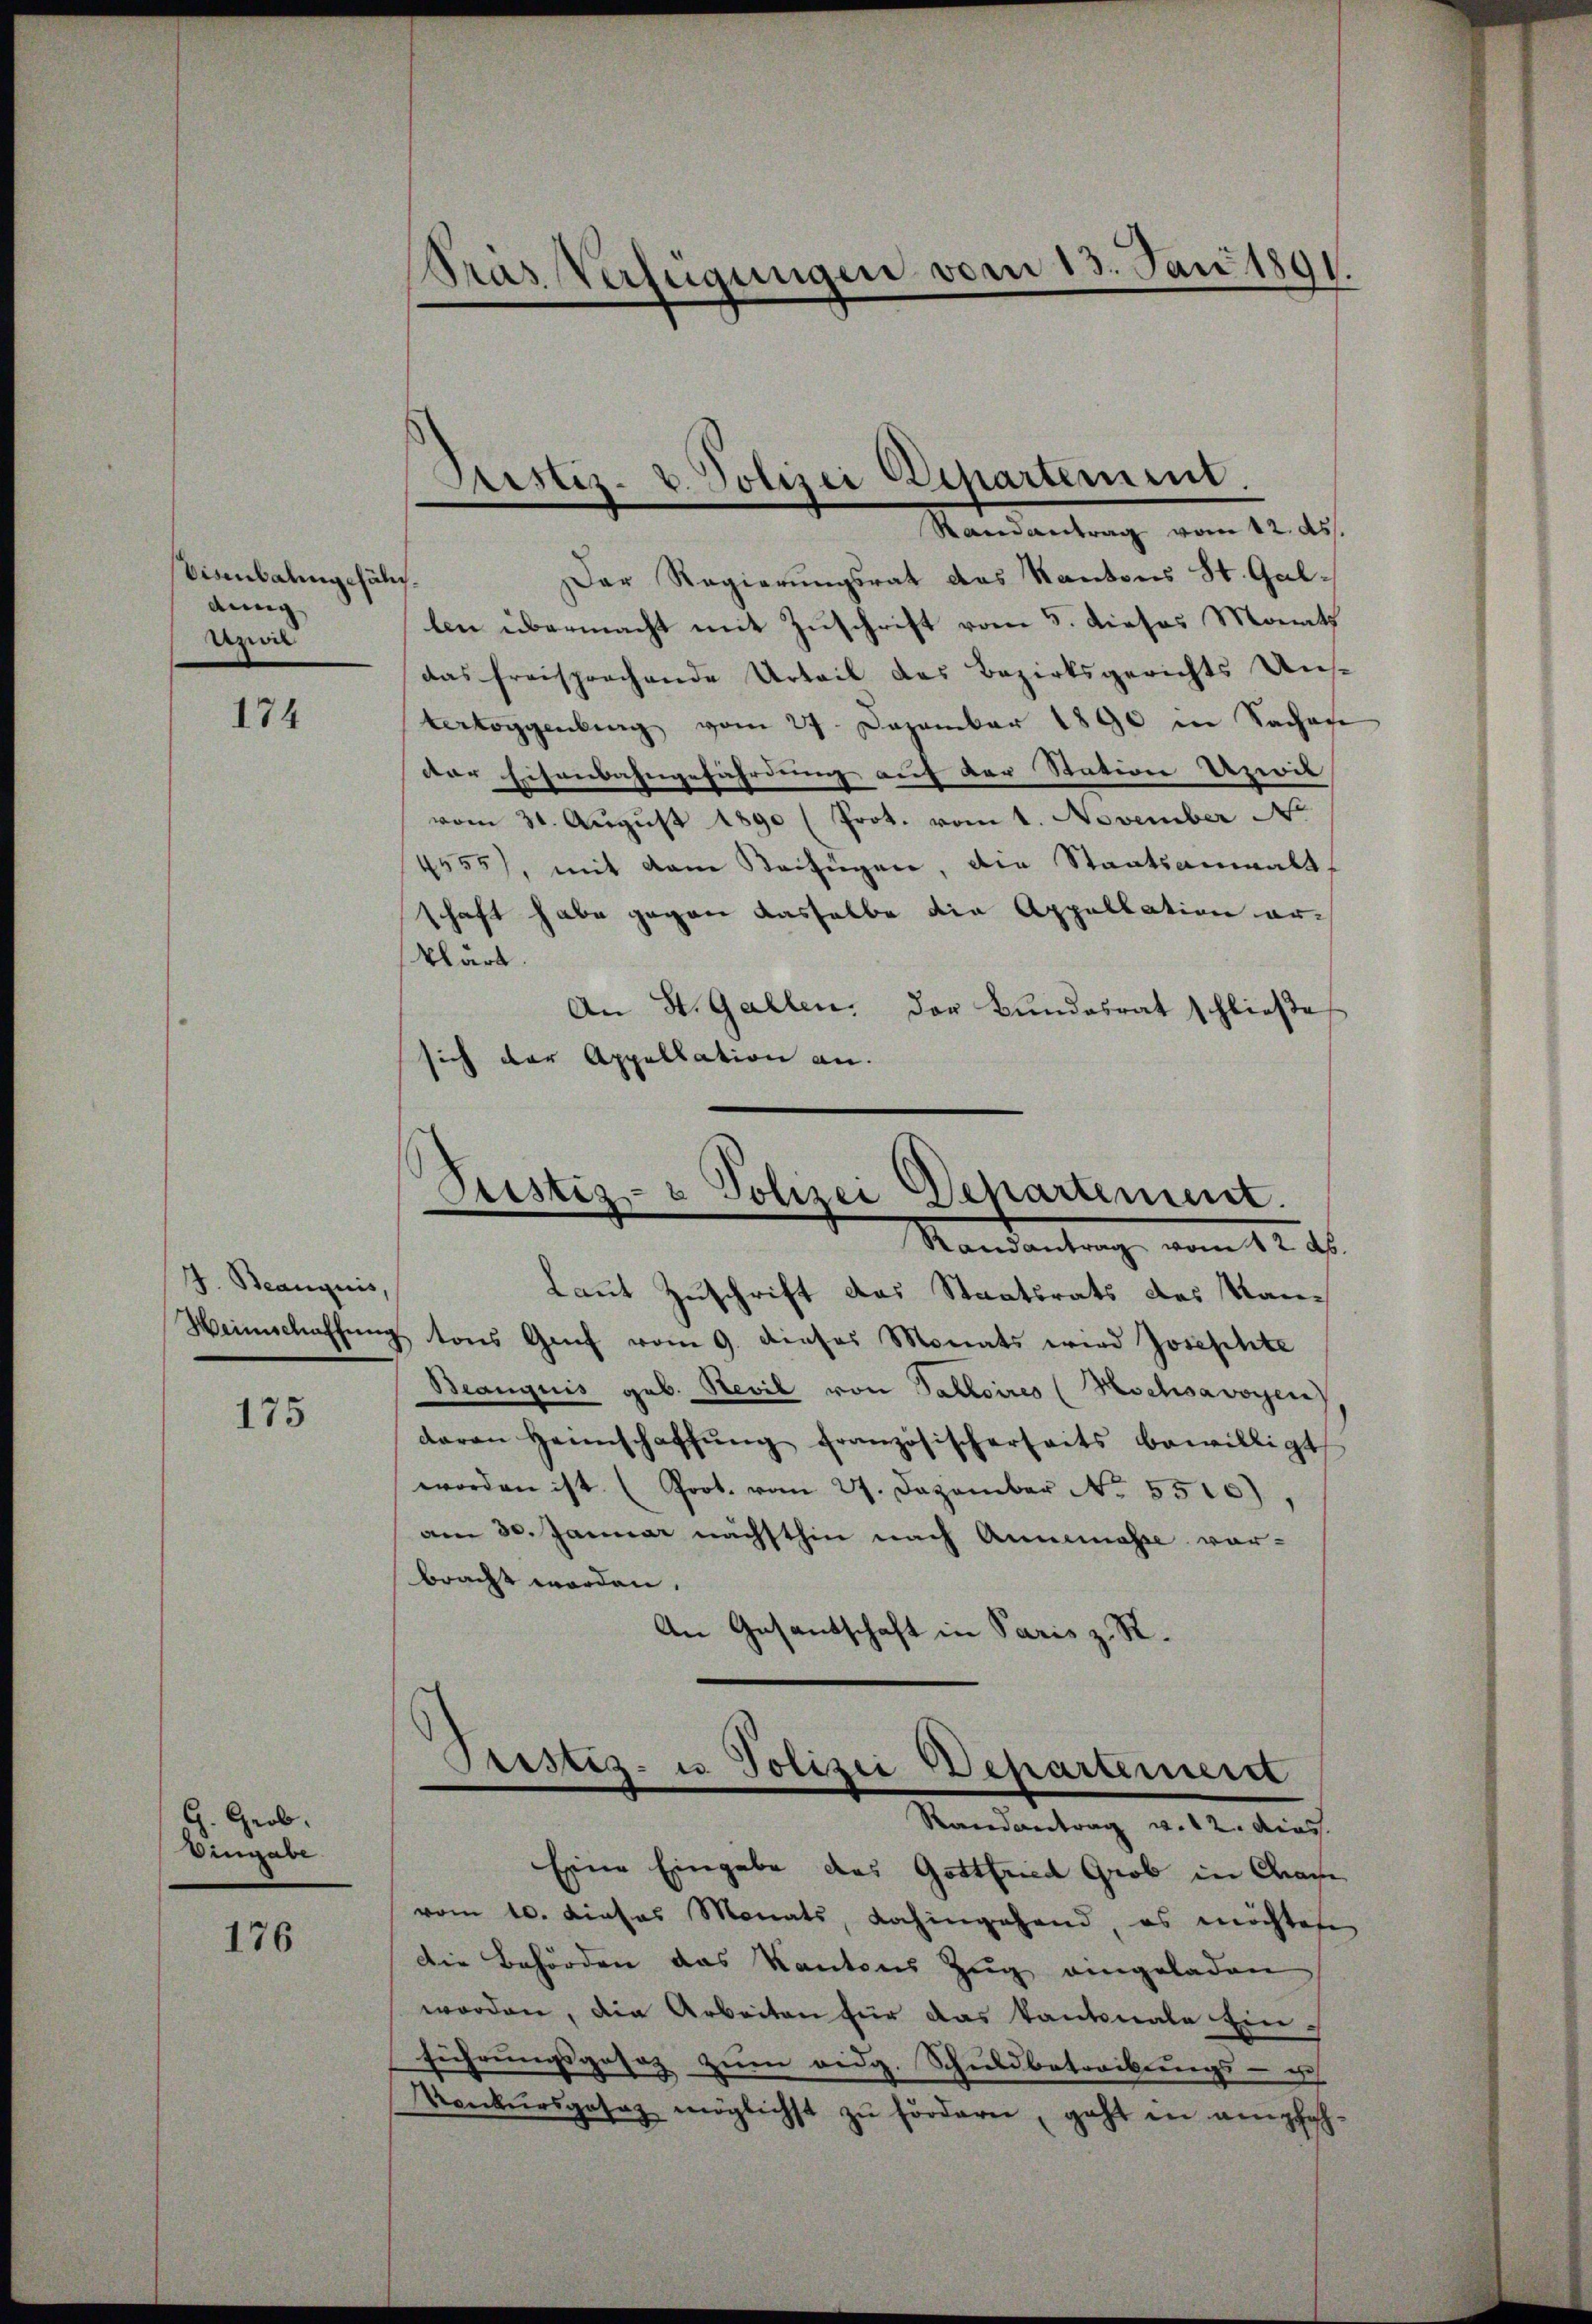
Visenbalingshälisdung
Ural

174

J. Beanquis,

175

G. Grob,
Eingabe

176

Pras Verfügungen vom 13. Juni 1891.

Sistiz- u. Polizei Departement.
Randantrag vom 12. ds.

Der Regierungsrat das Kantons St. Gallen übermacht mit Zuschrift vom 5. dieses Month
das freisprachende Urteil das Bezirksgerichts Un
tertoggenberg vom 27. Dezember 1890 in Sachen
der Eisenbahngefährdung auf der Station Uzivil
vom 31. August 1890 (Prot. vom 1. November No
4555), mit dem Beifügen, die Staatsanwalt
schaft habe gegen dasselbe die Appellation erklärt.
An St. Gallen. Der Bundesrat schließe
sich der Appellation an.

Justiz- & Polizei Departement.
Randantrag vom 12. ds.

Laut Zuschrift das Staatsrats des Man¬
Weinschaffung tons Genf vom 9. dieses Monats wird Josephte
Beanquis geb. Nevil von Patoires (Kochsavoyen
daran Heimschaffŭng französischerheits bewilligt
worden ist. (Prot. vom 27. Dezember No. 5500)
am 30. Januar nächsthin nach Annemasse vor-
bracht worden.
An Gesandschaft in Paris z. R.

Justiz- u Polizei Departement
Randantrag v. 12. dies

Eine Eingabe das Gottfried Grob in Grafe
vom 10. dieses Monats, dahingehand, es möchten
Die Behörden das Kantons Zug eingeladen
worden, die Arbeiten für das kantonale Ein-
führungsgesez zum eidg. Schuldbetreibungs- u
Konkursgesez möglichst zŭ fördern, geht in empfeh¬